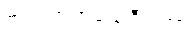
အညတရာထေရီဂါထာ